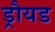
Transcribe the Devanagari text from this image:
ड्रौयड